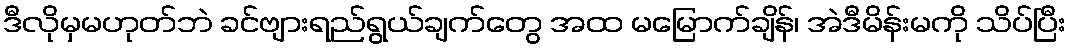
ဒီလိုမှမဟုတ်ဘဲ ခင်ဗျားရည်ရွယ်ချက်တွေ အထ မမြောက်ချိန်၊ အဲဒီမိန်းမကို သိပ်ပြီး